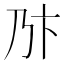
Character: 𠂪